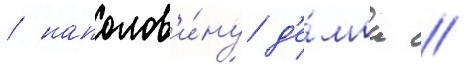
/ наполов'и́ну д'е́мон //